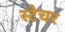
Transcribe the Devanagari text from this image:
स्टेचर